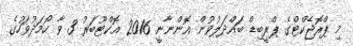
މި ޕްރޮޖެކްޓްގެ ޕްރީބިޑް ބައްދަލުވުން އޮންނާނީ 2016 އޮކްޓޫބަރު 3 ވާ ހޯމަދުވަހުގެ